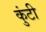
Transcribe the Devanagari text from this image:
कुंटी